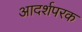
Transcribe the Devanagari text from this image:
आदर्शपरक